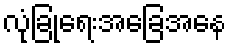
လုံခြုံရေးအခြေအနေ